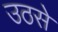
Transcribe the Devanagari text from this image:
उठसे